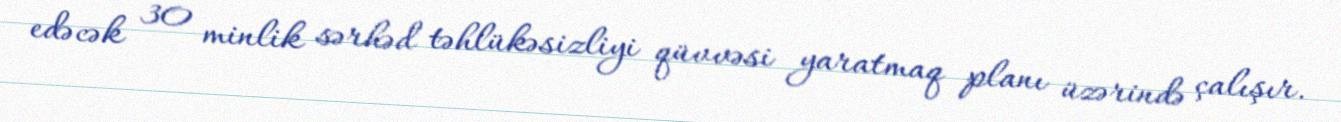
edəcək 30 minlik sərhəd təhlükəsizliyi qüvvəsi yaratmaq planı üzərində çalışır.